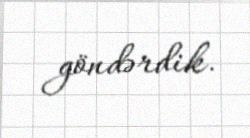
göndərdik.